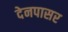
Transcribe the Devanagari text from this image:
देनपासर